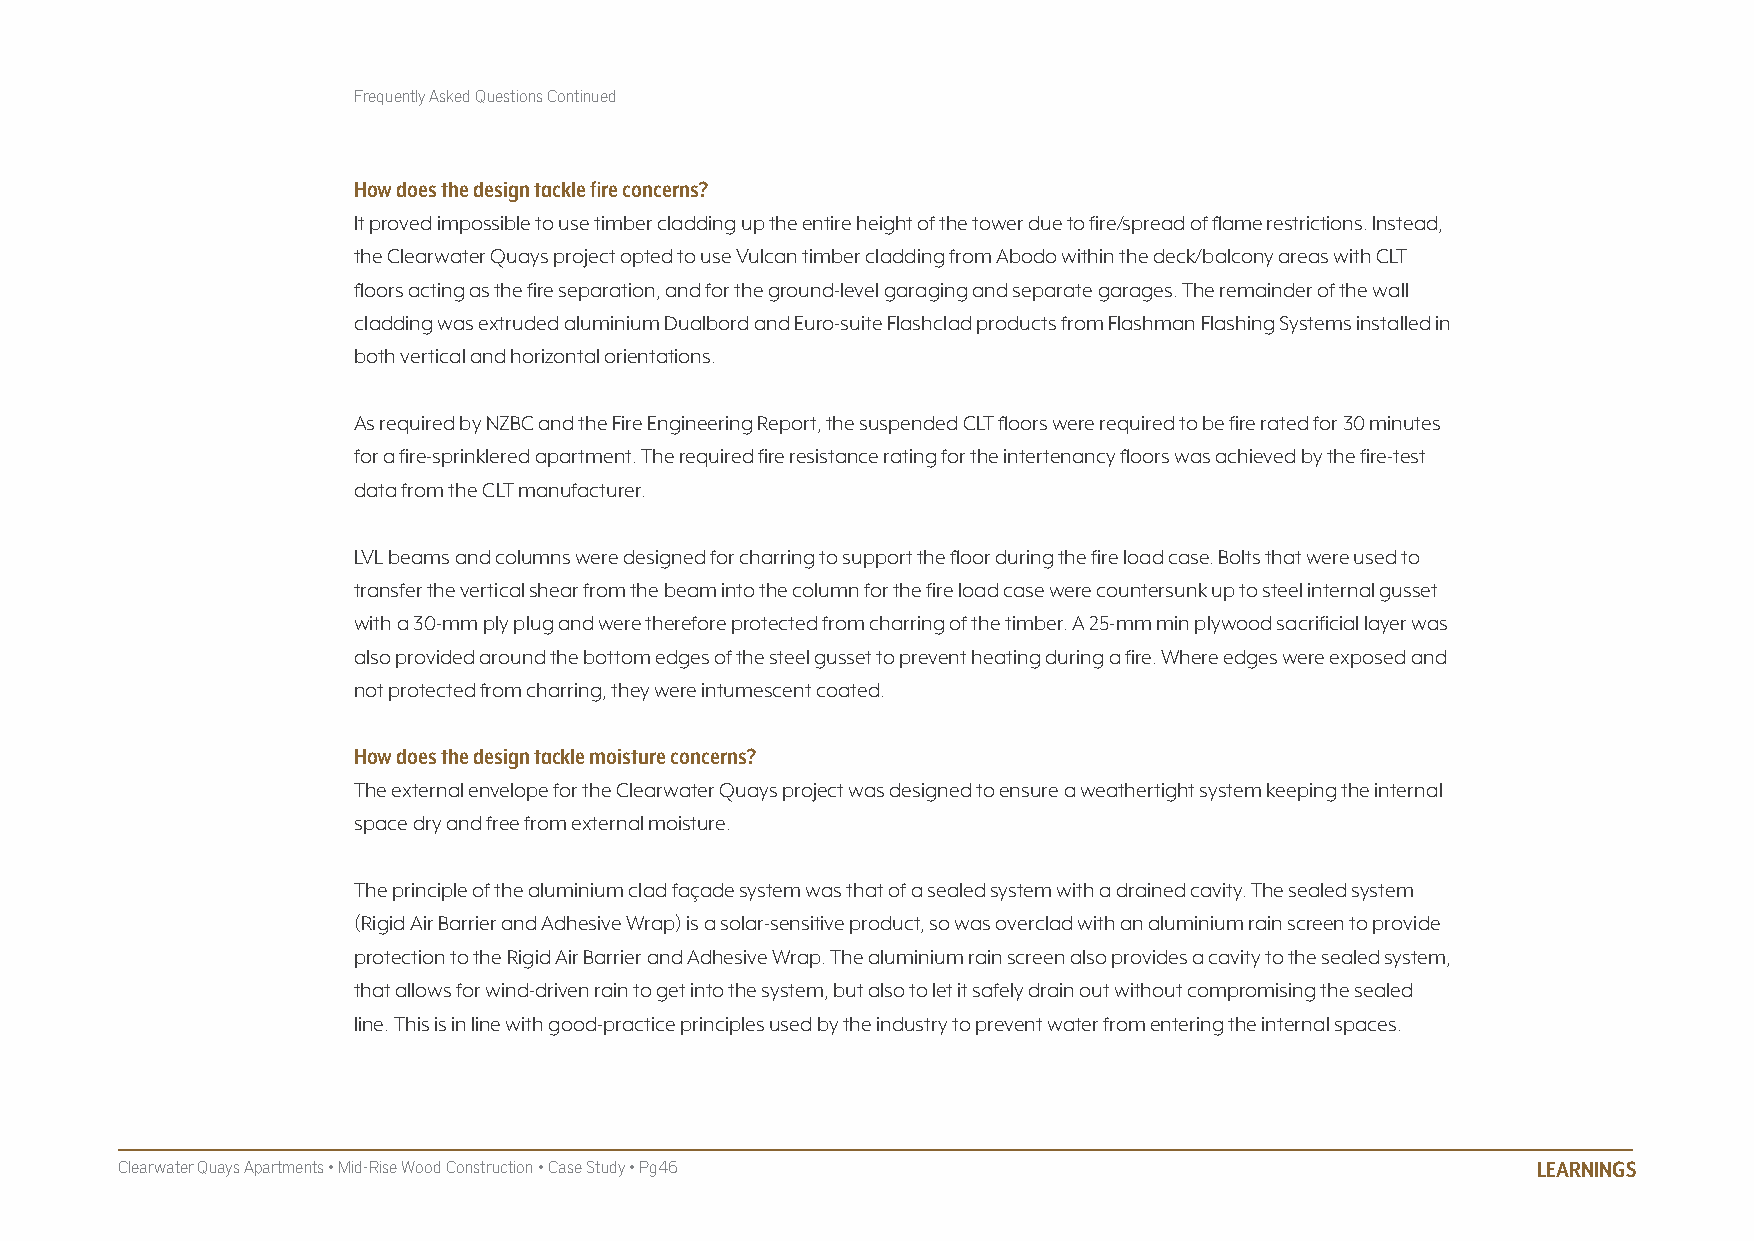
Frequently Asked Questions Continued
 How does the design tackle fire concerns?
 It proved impossible to use timber cladding up the entire height of the tower due to fire/spread of flame restrictions. Instead,
 the Clearwater Quays project opted to use Vulcan timber cladding from Abodo within the deck/balcony areas with CLT
 floors acting as the fire separation, and for the ground-level garaging and separate garages. The remainder of the wall
 cladding was extruded aluminium Dualbord and Euro-suite Flashclad products from Flashman Flashing Systems installed in
 both vertical and horizontal orientations.
 As required by NZBC and the Fire Engineering Report, the suspended CLT floors were required to be fire rated for 30 minutes
 for a fire-sprinklered apartment. The required fire resistance rating for the intertenancy floors was achieved by the fire-test
 data from the CLT manufacturer.
 LVL beams and columns were designed for charring to support the floor during the fire load case. Bolts that were used to
 transfer the vertical shear from the beam into the column for the fire load case were countersunk up to steel internal gusset
 with a 30-mm ply plug and were therefore protected from charring of the timber. A 25-mm min plywood sacrificial layer was
 also provided around the bottom edges of the steel gusset to prevent heating during a fire. Where edges were exposed and
 not protected from charring, they were intumescent coated.
 How does the design tackle moisture concerns?
 The external envelope for the Clearwater Quays project was designed to ensure a weathertight system keeping the internal
 space dry and free from external moisture.
 The principle of the aluminium clad façade system was that of a sealed system with a drained cavity. The sealed system
 (Rigid Air Barrier and Adhesive Wrap) is a solar-sensitive product, so was overclad with an aluminium rain screen to provide
 protection to the Rigid Air Barrier and Adhesive Wrap. The aluminium rain screen also provides a cavity to the sealed system,
 that allows for wind-driven rain to get into the system, but also to let it safely drain out without compromising the sealed
 line. This is in line with good-practice principles used by the industry to prevent water from entering the internal spaces.
 Clearwater Quays Apartments • Mid-Rise Wood Construction • Case Study • Pg46                  LEARNINGS